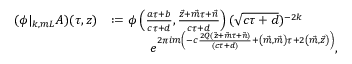
\begin{array} { r l } { ( \phi | _ { k , m L } A ) ( \tau , \boldsymbol { z } ) } & { : = \phi \left( \frac { a \tau + b } { c \tau + d } , \frac { \vec { z } + \vec { m } \tau + \vec { n } } { c \tau + d } \right) ( \sqrt { c \tau + d } ) ^ { - 2 k } } \\ & { \quad \quad \quad e ^ { 2 \pi i m \left( - c \frac { 2 Q ( \vec { z } + \vec { m } \tau + \vec { n } ) } { ( c \tau + d ) } + \left( \vec { m } , \vec { m } \right) \tau + 2 \left( \vec { m } , \vec { z } \right) \right) } , } \end{array}